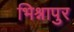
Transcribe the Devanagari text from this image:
भिश्नापुर